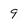
Character: 9